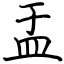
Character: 盂